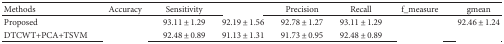
<table><thead><tr><td><b>Methods</b></td><td><b>Accuracy</b></td><td><b>Sensitivity</b></td><td>[EMPTY_CELL]</td><td><b>Precision</b></td><td><b>Recall</b></td><td><b>f_measure</b></td><td><b>gmean</b></td></tr></thead><tbody><tr><td>Proposed</td><td>[EMPTY_CELL]</td><td>93.11 ± 1.29</td><td>92.19 ± 1.56</td><td>92.78 ± 1.27</td><td>93.11 ± 1.29</td><td>[EMPTY_CELL]</td><td>92.46 ± 1.24</td></tr><tr><td>DTCWT+PCA+TSVM</td><td>[EMPTY_CELL]</td><td>92.48 ± 0.89</td><td>91.13 ± 1.31</td><td>91.73 ± 0.95</td><td>92.48 ± 0.89</td><td>[EMPTY_CELL]</td><td>[EMPTY_CELL]</td></tr></tbody></table>